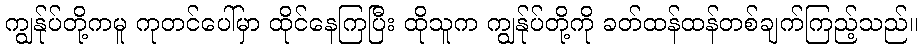
ကျွန်ုပ်တို့ကမူ ကုတင်ပေါ်မှာ ထိုင်နေကြပြီး ထိုသူက ကျွန်ုပ်တို့ကို ခတ်ထန်ထန်တစ်ချက်ကြည့်သည်။